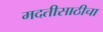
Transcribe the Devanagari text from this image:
मदतीसाठीचा